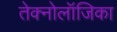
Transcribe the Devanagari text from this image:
तेक्नोलॉजिका